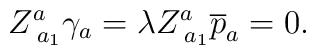
Z_{\;a_1}^a\gamma _a=\lambda Z_{\;a_1}^a\overline{p}_a=0.